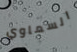
السماوي